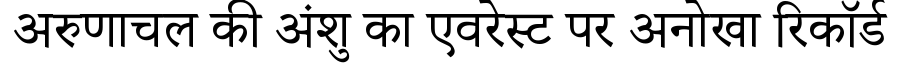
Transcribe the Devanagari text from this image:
अरुणाचल की अंशु का एवरेस्ट पर अनोखा रिकॉर्ड